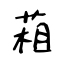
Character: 葙